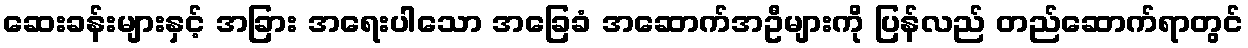
ဆေးခန်းများနှင့် အခြား အရေးပါသော အခြေခံ အဆောက်အဦများကို ပြန်လည် တည်ဆောက်ရာတွင်